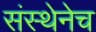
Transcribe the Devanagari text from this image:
संस्थेनेच